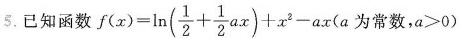
5.已知函数$$f(x)=\ln( \frac{1}{2}+ \frac{1}{2}ax)+x^{2}-ax$$(a为常数，$$a>0$$)